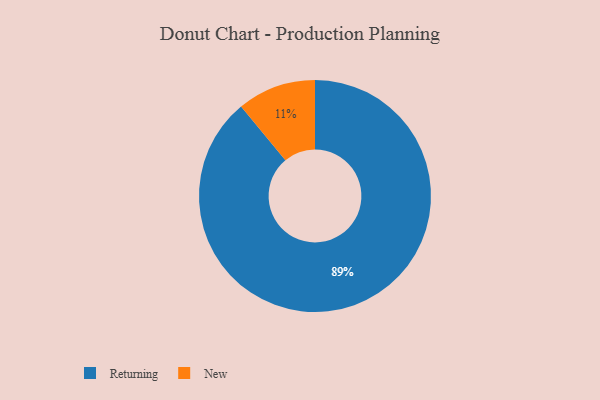
{"axis": {"x": "Category", "y": "Percentage"}, "legend": ["New", "Returning"], "data": [{"x": "New", "y": 11, "type": "New"}, {"x": "Returning", "y": 89, "type": "Returning"}]}